Problem: 8 + 17 = ?
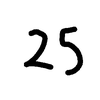
Handwritten answer: 25